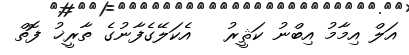
އަލް އިމާމު އިބްނު ކަޘީރު   އެކަލޭގެފާނުގެ ތާރީޚު ފޮތް